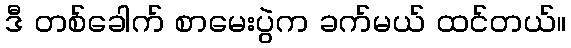
ဒီ တစ်ခေါက် စာမေးပွဲက ခက်မယ် ထင်တယ်။